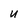
Character: U